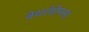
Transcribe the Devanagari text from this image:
बेथलेहेमसह